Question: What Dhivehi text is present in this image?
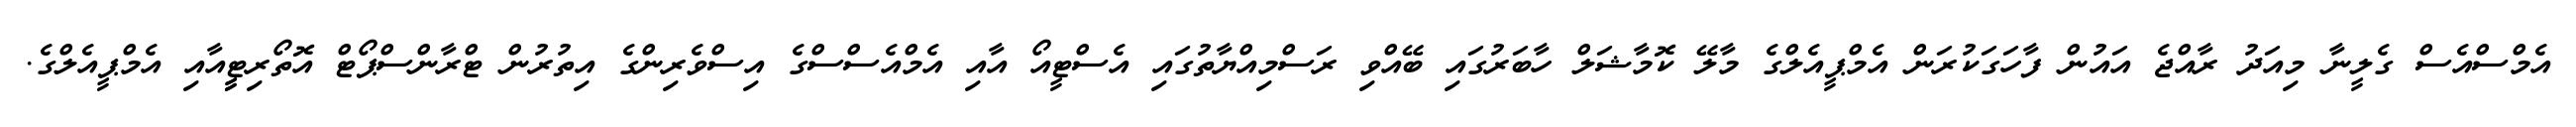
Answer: އެމްސްއެސް ގެލީނާ މިއަދު ރާއްޖެ އައުން ފާހަގަކުރަން އެމްޕީއެލްގެ މާލޭ ކޮމާޝަލް ހާބަރުގައި ބޭއްވި ރަސްމިއްޔާތުގައި އެސްޓީއޯ އާއި އެމްއެސްސްގެ އިސްވެރިންގެ އިތުރުން ޓްރާންސްޕޯޓް އޮތޯރިޓީީއާއި އެމްޕީއެލްގެ.